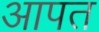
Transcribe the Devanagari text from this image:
आपत